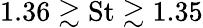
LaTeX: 1.36\gtrsim\textrm{St}\gtrsim 1.35